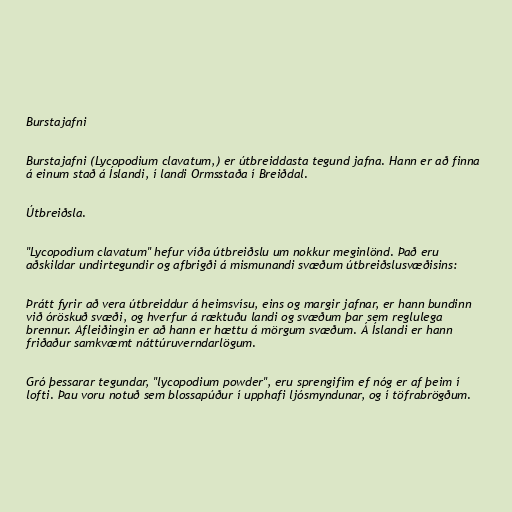
Burstajafni

Burstajafni (Lycopodium clavatum,) er útbreiddasta tegund jafna. Hann er að finna
á einum stað á Íslandi, í landi Ormsstaða í Breiðdal.

Útbreiðsla.

"Lycopodium clavatum" hefur víða útbreiðslu um nokkur meginlönd. Það eru
aðskildar undirtegundir og afbrigði á mismunandi svæðum útbreiðslusvæðisins:

Þrátt fyrir að vera útbreiddur á heimsvísu, eins og margir jafnar, er hann bundinn
við óröskuð svæði, og hverfur á ræktuðu landi og svæðum þar sem reglulega
brennur. Afleiðingin er að hann er hættu á mörgum svæðum. Á Íslandi er hann
friðaður samkvæmt náttúruverndarlögum.

Gró þessarar tegundar, "lycopodium powder", eru sprengifim ef nóg er af þeim í
lofti. Þau voru notuð sem blossapúður í upphafi ljósmyndunar, og í töfrabrögðum.